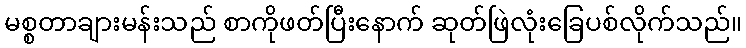
မစ္စတာချားမန်းသည် စာကိုဖတ်ပြီးနောက် ဆုတ်ဖြဲလုံးခြေပစ်လိုက်သည်။